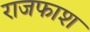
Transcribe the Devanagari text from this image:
राजफाश